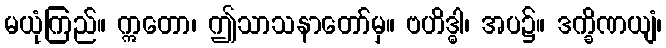
မယုံကြည်။ ဣတော၊ ဤသာသနာတော်မှ။ ဗဟိဒ္ဓါ၊ အပ၌။ ဒက္ခိဏယျံ၊